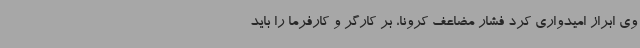
وی ابراز امیدواری کرد فشار مضاعف کرونا، بر کارگر و کارفرما را باید